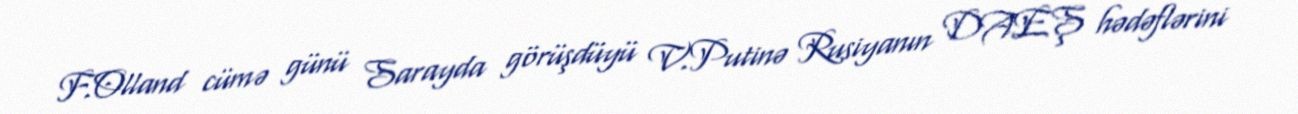
F.Olland cümə günü Sarayda görüşdüyü V.Putinə Rusiyanın DAEŞ hədəflərini